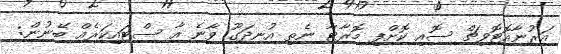
އަރުނާއޮޓޮވިޗް ސޮއި ކޮށްފި މޮރާޓާ ނެތި އުނދަގޫ ވާނެ އާ ސްޓައިކަރެއް ބޭނުން: